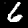
Digit: 6